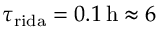
\tau _ { \mathrm { r i d a } } = 0 . 1 \, \mathrm { h } \approx 6